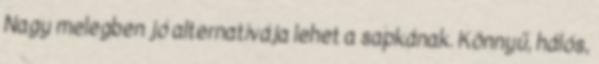
Nagy melegben jó alternatívája lehet a sapkának. Könnyű, hálós,